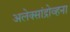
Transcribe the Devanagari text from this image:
अलेक्सांद्रोव्हना